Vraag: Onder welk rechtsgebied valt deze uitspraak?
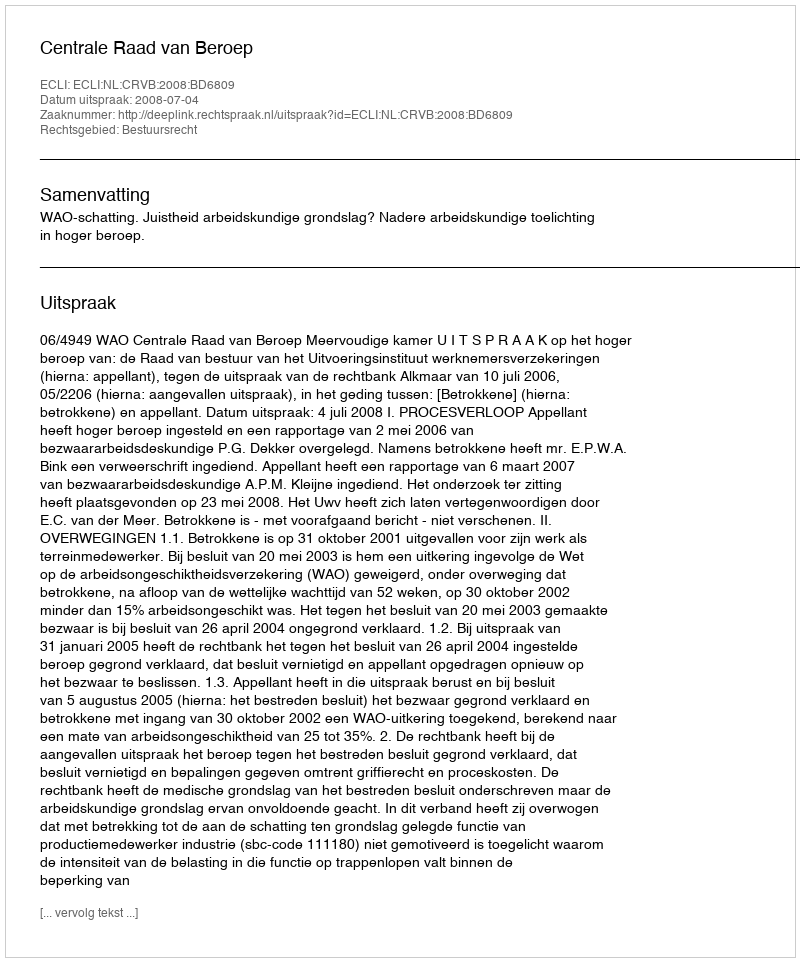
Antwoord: Bestuursrecht